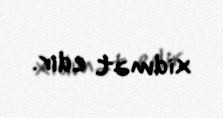
xidmət edir.